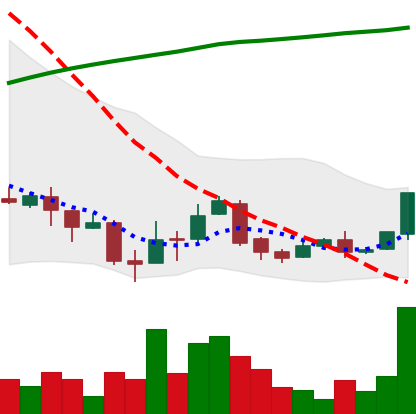
Ticker: XLM-USD
Chart end date: 2018-04-12
Forward return: 23.989%
Label: up_7plus